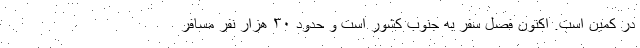
در کمین است. اکنون فصل سفر به جنوب کشور است و حدود ۳۰ هزار نفر مسافر